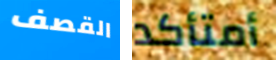
القصف أمتأكد